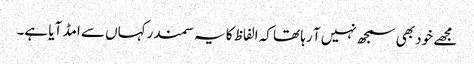
مجھے خود بھی سمجھ نہیں آ رہا تھا کہ الفاظ کا یہ سمندرکہاں سے امڈ آیا ہے۔